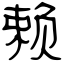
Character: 赖